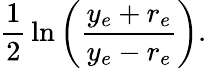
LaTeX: {\frac{1}{2}}\ln\left({\frac{y_{e}+r_{e}}{y_{e}-r_{e}}}\right).